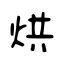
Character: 烘